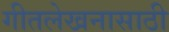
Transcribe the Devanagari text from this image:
गीतलेखनासाठी